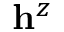
\mathbf { h } ^ { z }